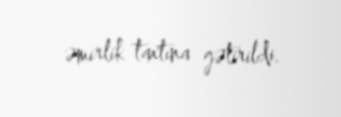
əmirlik taxtına gətirildi.